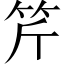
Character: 𥬊